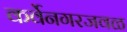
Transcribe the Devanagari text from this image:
कर्वेनगरजवळ